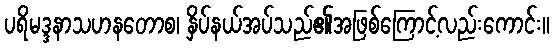
ပရိမဒ္ဒနာသဟနတောစ၊ နှိပ်နယ်အပ်သည်၏အဖြစ်ကြောင့်လည်းကောင်း။